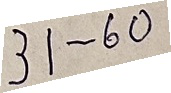
31 - 60